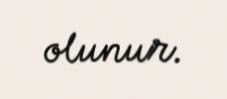
olunur.